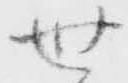
世